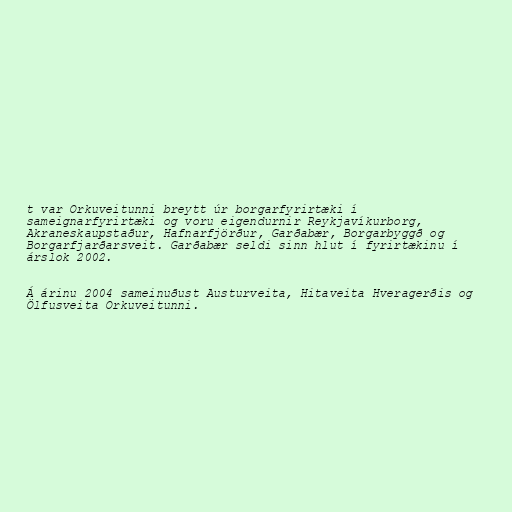
t var Orkuveitunni breytt úr borgarfyrirtæki í
sameignarfyrirtæki og voru eigendurnir Reykjavíkurborg,
Akraneskaupstaður, Hafnarfjörður, Garðabær, Borgarbyggð og
Borgarfjarðarsveit. Garðabær seldi sinn hlut í fyrirtækinu í
árslok 2002.

Á árinu 2004 sameinuðust Austurveita, Hitaveita Hveragerðis og
Ölfusveita Orkuveitunni.